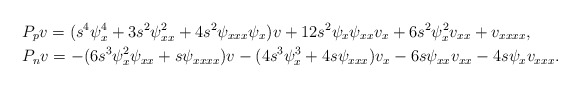
\begin{align*} &P_pv=(s^4\psi_{x}^{4}+3s^2\psi_{xx}^{2}+4s^2\psi_{xxx}\psi_x)v+12s^2\psi_x\psi_{xx}v_x+6s^2\psi_{x}^{2}v_{xx}+v_{xxxx},\\ &P_nv=-(6s^3\psi_{x}^{2}\psi_{xx}+s\psi_{xxxx})v-(4s^3\psi_{x}^{3}+4s\psi_{xxx})v_x-6s\psi_{xx}v_{xx}-4s\psi_xv_{xxx}.\end{align*}